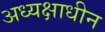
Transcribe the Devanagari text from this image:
अध्यक्षाधीन